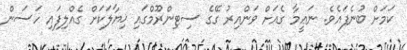
ކަމަށް ބުނެފައެވެ. ނަޢީމާ ގެއަށް ވަންއިރު ގޭގެ ސިޓިންރޫމްގައި ޚިޔާލަކަށް ގެއްލިފައި ހަސަން